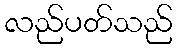
လည်ပတ်သည်